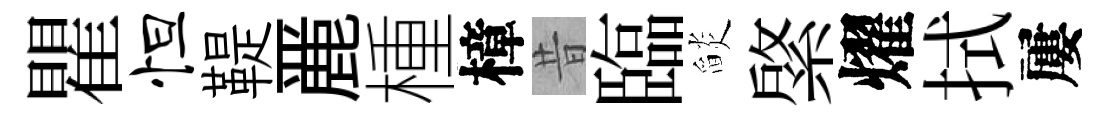
瞿怛鞮䴡㮔樟昔臨𦦨綮燿拭屢